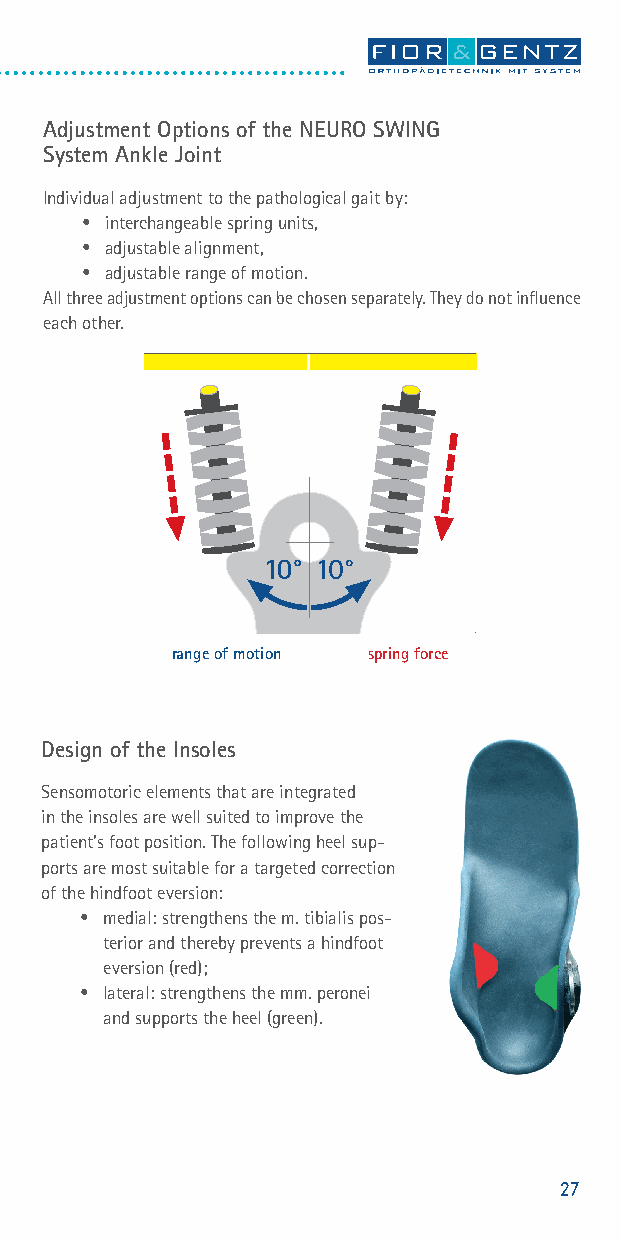
Adjustment Options of the NEURO SWING
 System Ankle Joint
 Individual adjustment to the pathological gait by:
 • interchangeable spring units,
 • adjustable alignment,
 • adjustable range of motion.
 All three adjustment options can be chosen separately. They do not infl uence
 each other.
 range of motion spring force
 Design of the Insoles
 Sensomotoric elements that are integrated
 in the insoles are well suited to improve the
 patient’s foot position. The following heel sup-
 ports are most suitable for a targeted correction
 of the hindfoot eversion:
 • medial: strengthens the m. tibialis pos-
 terior and thereby prevents a hindfoot
 eversion (red);
 • lateral: strengthens the mm. peronei
 and supports the heel (green).
 27